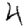
Digit: 4